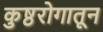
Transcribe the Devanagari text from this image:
कुष्ठरोगातून